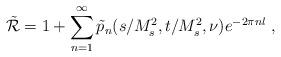
LaTeX: \begin{align*}\tilde{\cal R}=1+\sum_{n=1}^{\infty}\tilde p_n(s/M_s^2,t/M_s^2,\nu)e^{-2\pi n l} \ ,\end{align*}